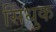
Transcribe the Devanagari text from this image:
सिंधुक